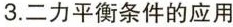
3.二力平衡条件的应用